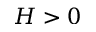
H > 0